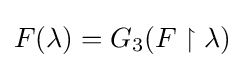
F(\lambda )=G_{3}(F\upharpoonright \lambda )